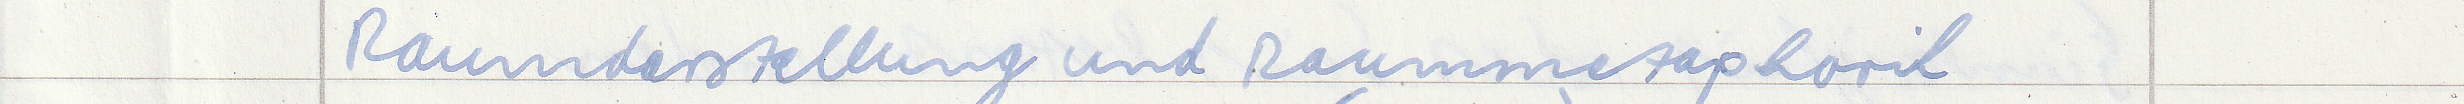
Raumdarstellung und Raummetaphorik